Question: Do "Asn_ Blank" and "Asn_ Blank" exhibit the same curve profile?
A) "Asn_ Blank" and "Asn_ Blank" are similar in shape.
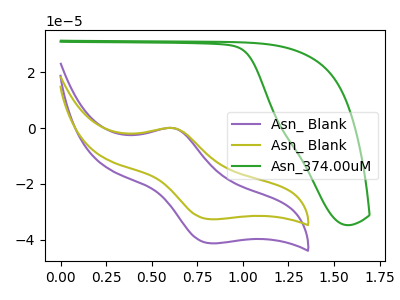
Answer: <think>The purple curve "Asn_ Blank" has an anodic peak at (0.60V, -0.05uA) and a cathodic peak at (0.80V, -41.20uA). The olive curve "Asn_ Blank" has an anodic peak at (0.60V, 0.00uA) and a cathodic peak at (0.80V, -32.60uA). The green curve "Asn_374.00uM" has no peaks.
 All the peaks in "Asn_ Blank" have a peak in "Asn_ Blank" at the same potential.</think>
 <answer>A) "Asn_ Blank" and "Asn_ Blank" are similar in shape.</answer>
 <eval>A</eval>